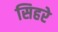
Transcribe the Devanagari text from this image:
सिहरे